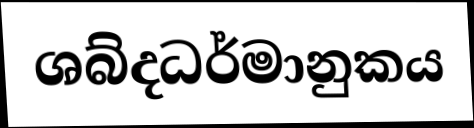
ශබ්දධර්මානුකය